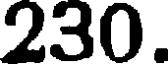
230.